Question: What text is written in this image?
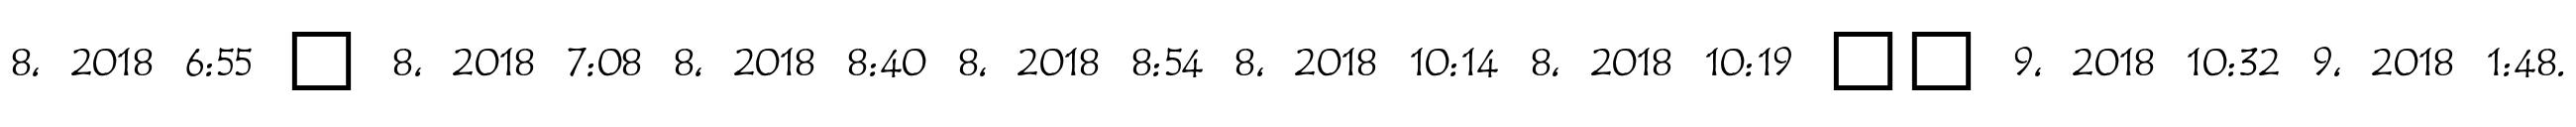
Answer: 8, 2018 6:55 ? 8, 2018 7:08 8, 2018 8:40 8, 2018 8:54 8, 2018 10:14 8, 2018 10:19 ?? 9, 2018 10:32 9, 2018 1:48.